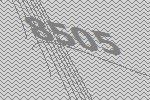
8505